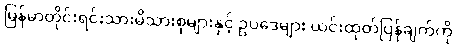
မြန်မာတိုင်းရင်းသားမိသားစုများနှင့် ဥပဒေများ ယင်းထုတ်ပြန်ချက်ကို